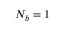
N _ { b } = 1